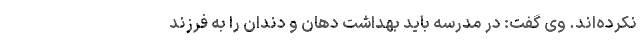
نکرده‌‌اند. وی گفت: در مدرسه باید بهداشت دهان و دندان را به فرزند